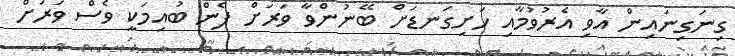
ގިނަގިނައިން އާވި އެރުވުމާއި ހަށިގަނޑަށް ބޭނުންވާ ވަރަށް ފެން ބުއިމަކީ ވެސް ވަރަށް